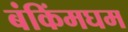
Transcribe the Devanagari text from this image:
बंकिंमघम